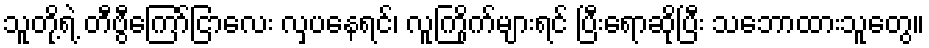
သူတို့ရဲ့ တီဗွီကြော်ငြာလေး လှပနေရင်၊ လူကြိုက်များရင် ပြီးရောဆိုပြီး သဘောထားသူတွေ။